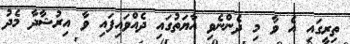
ތިރީގައި އެ ވާ މި ދެންނެވި އާޔަތުގައި ދެއްވައިފައި ވާ އިރުޝާދާ މެދު